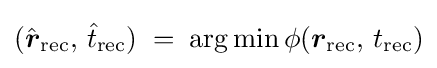
\displaystyle ({\hat {\boldsymbol {r}}}_{\text{rec}},\,{\hat {t}}_{\text{rec}})\;=\;\arg \min \phi ({\boldsymbol {r}}_{\text{rec}},\,t_{\text{rec}})